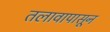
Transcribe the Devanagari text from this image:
तलावापासून